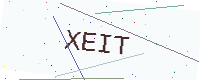
Text: XEIT